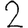
Digit: 2